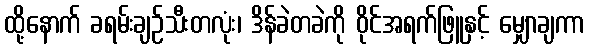
ထို့နောက် ခရမ်းချဉ်သီးတလုံး၊ ဒိန်ခဲတခဲကို ဝိုင်အရက်ဖြူနှင့် မျှောချကာ